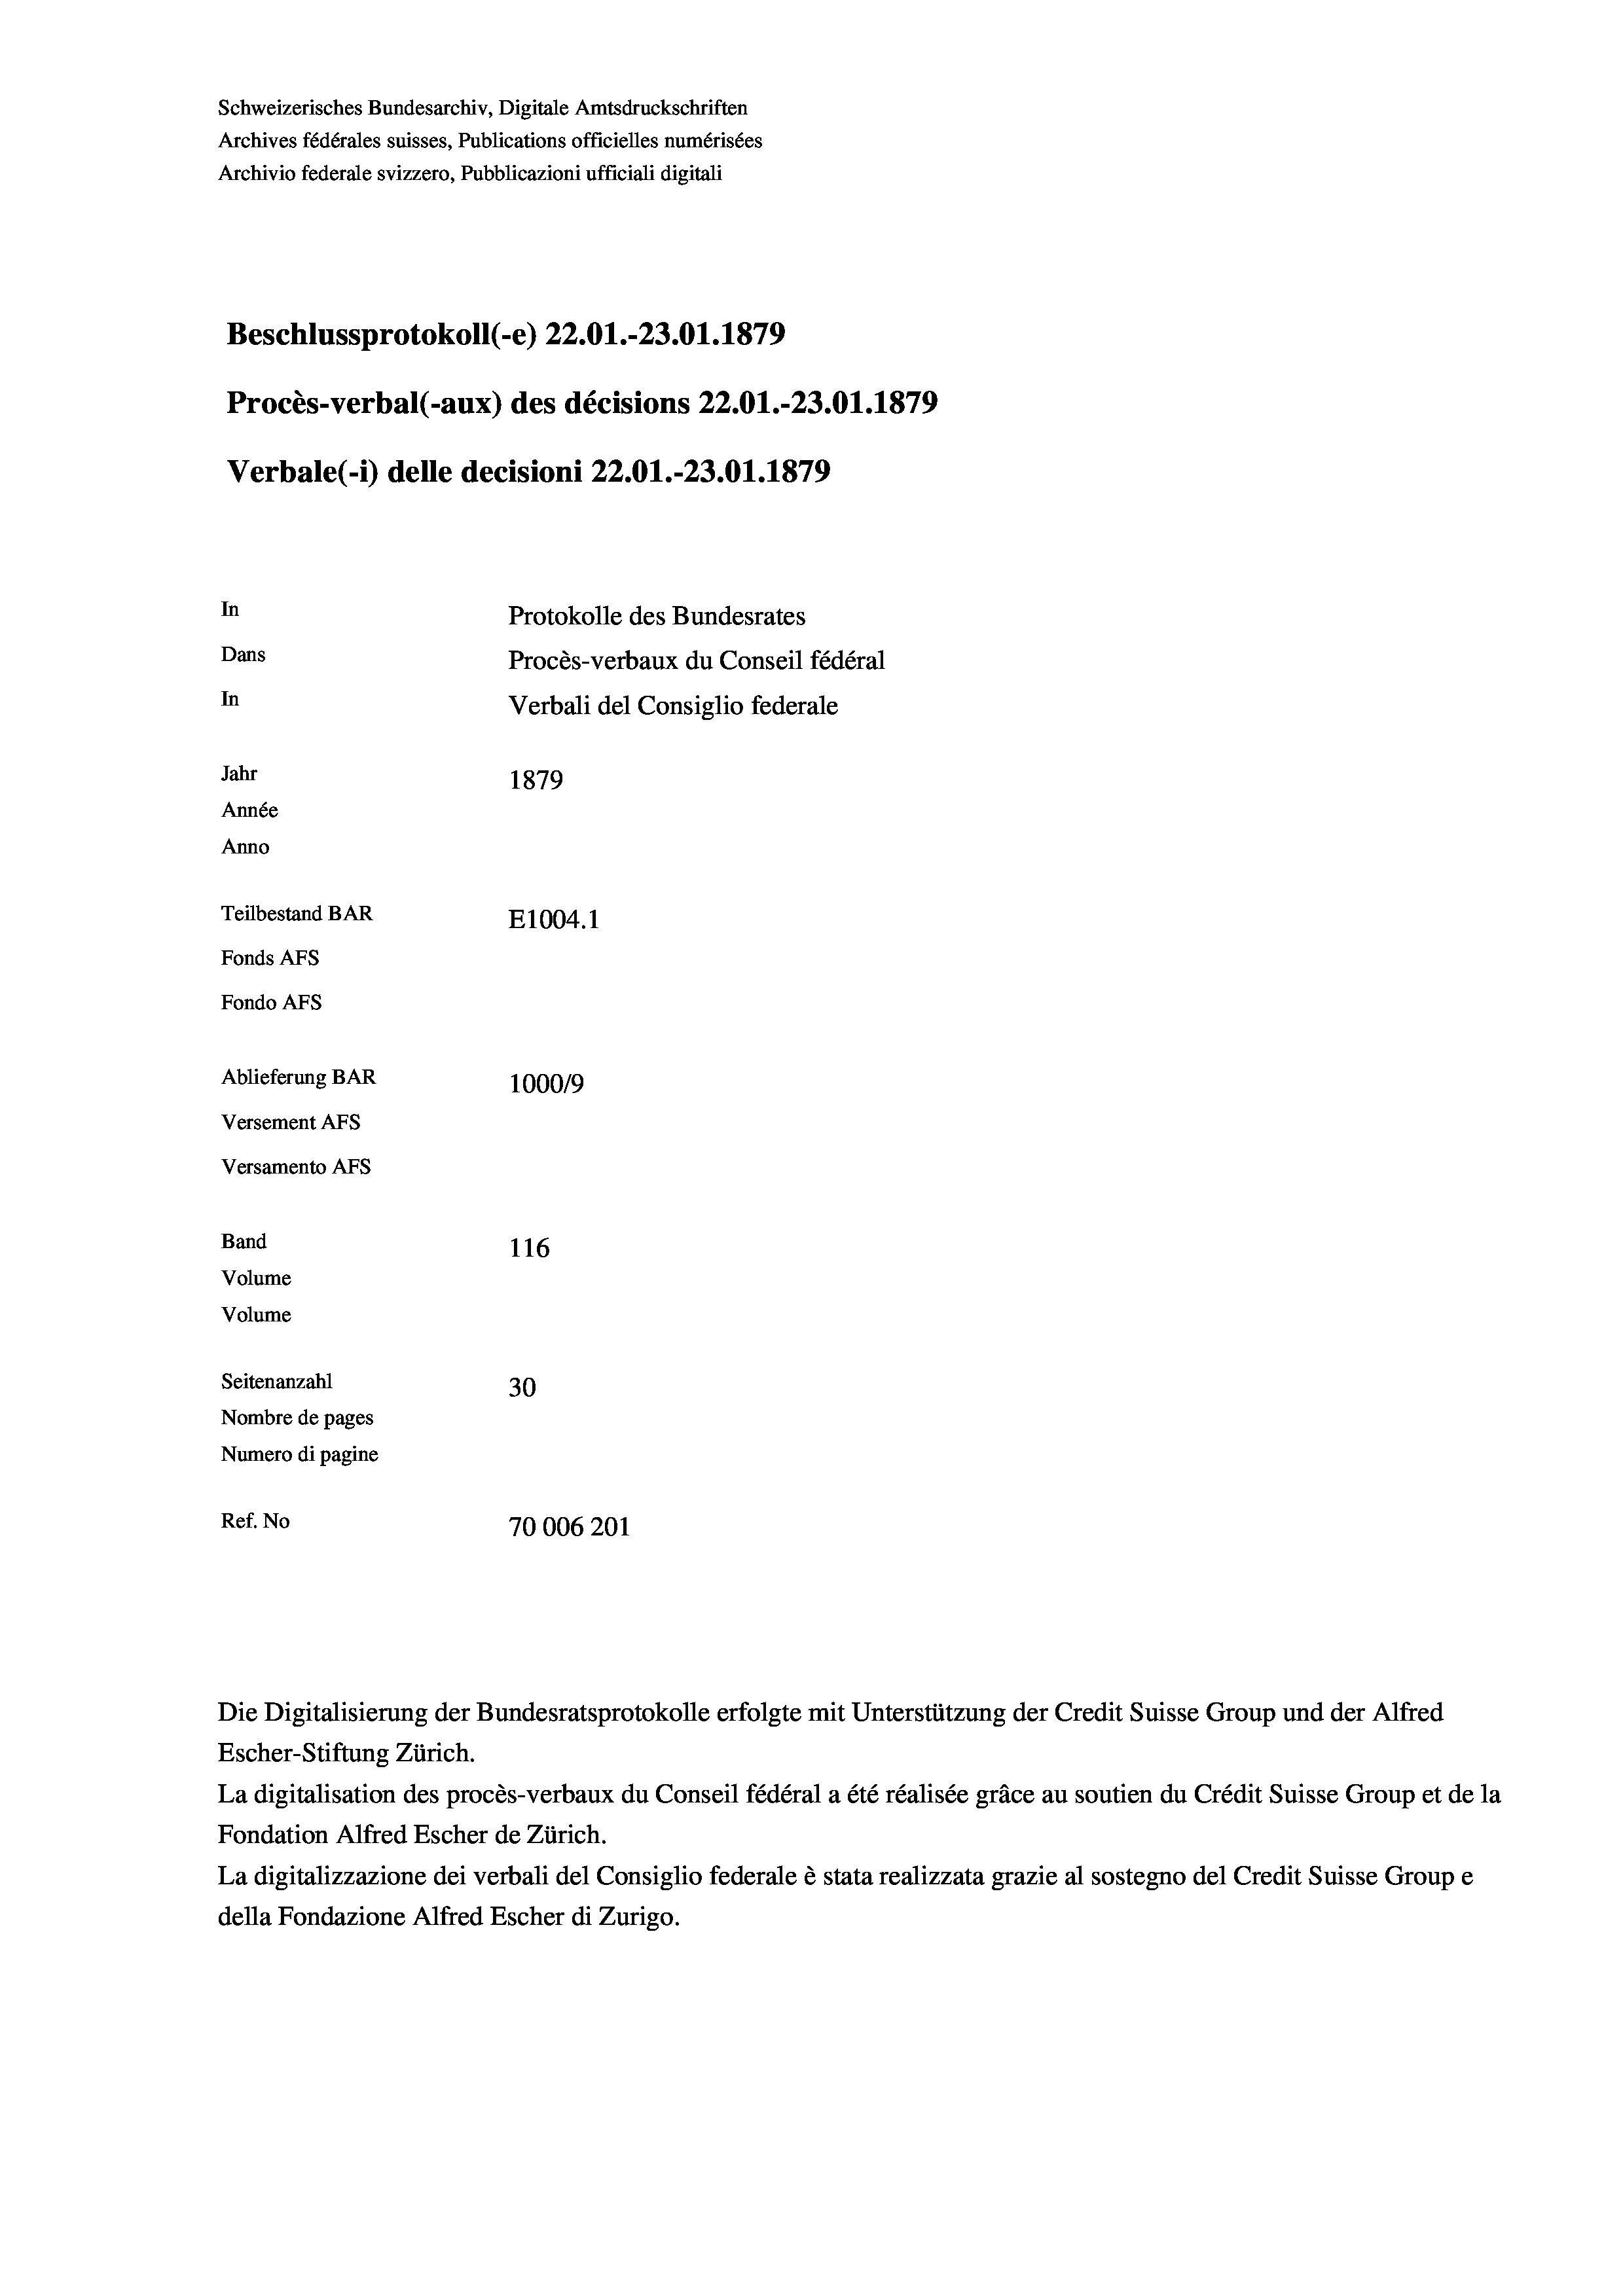
Schweizerisches Bundesarchiv, Digitale Amtsdruckschriften
Archives fédérales suisses, Publications officielles numérisées
Archivio federale svizzero, Pubblicazioni ufficiali digitali
Beschlussprotokoll (-e) 22.01.-23.01. 1879
Procès-verbal (-aux) des décisions 22.01.-23.01. 1879
Verbale (i) delle decisioni 22.01.-23.01. 1879
In
Protokolle des Bundesrates
Dans
Procès-verbaux du Conseil fédéral
In
Verbali del Consiglio federale
Jahr
1879
Année
Anno
Teilbestand BAR
E1004.1
Fonds AFs
Fondo AFs
Ablieferung BAR
1000/9
Versement AFs
Versamento Afs
Band
116
Volume
Volume
Seitenanzahl
30
Nombre de pages
Numero di pagine
Ref. No
70006201

Die Digitalisierung der Bundesratsprotokolle erfolgte mit Unterstützung der Credit Suisse Group und der Alfred
Escher-Stiftung Zürich.
La digitalisation des procès-verbaux du Conseil fédéral a été réalisée gräce au soutien du Crédit Suisse Group et de la
Fondation Alfred Escher de Zürich.
La digitalizzazione dei verbali del Consiglio federale è stata realizzata grazie al sostegno del Credit Suisse Groupe
della Fondazione Alfred Escher di Zurigo.